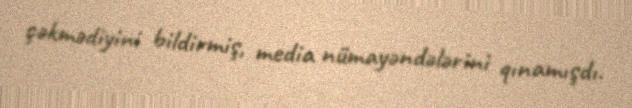
çəkmədiyini bildirmiş, media nümayəndələrini qınamışdı.